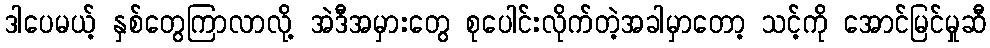
ဒါပေမယ့် နှစ်တွေကြာလာလို့ အဲဒီအမှားတွေ စုပေါင်းလိုက်တဲ့အခါမှာတော့ သင့်ကို အောင်မြင်မှုဆီ